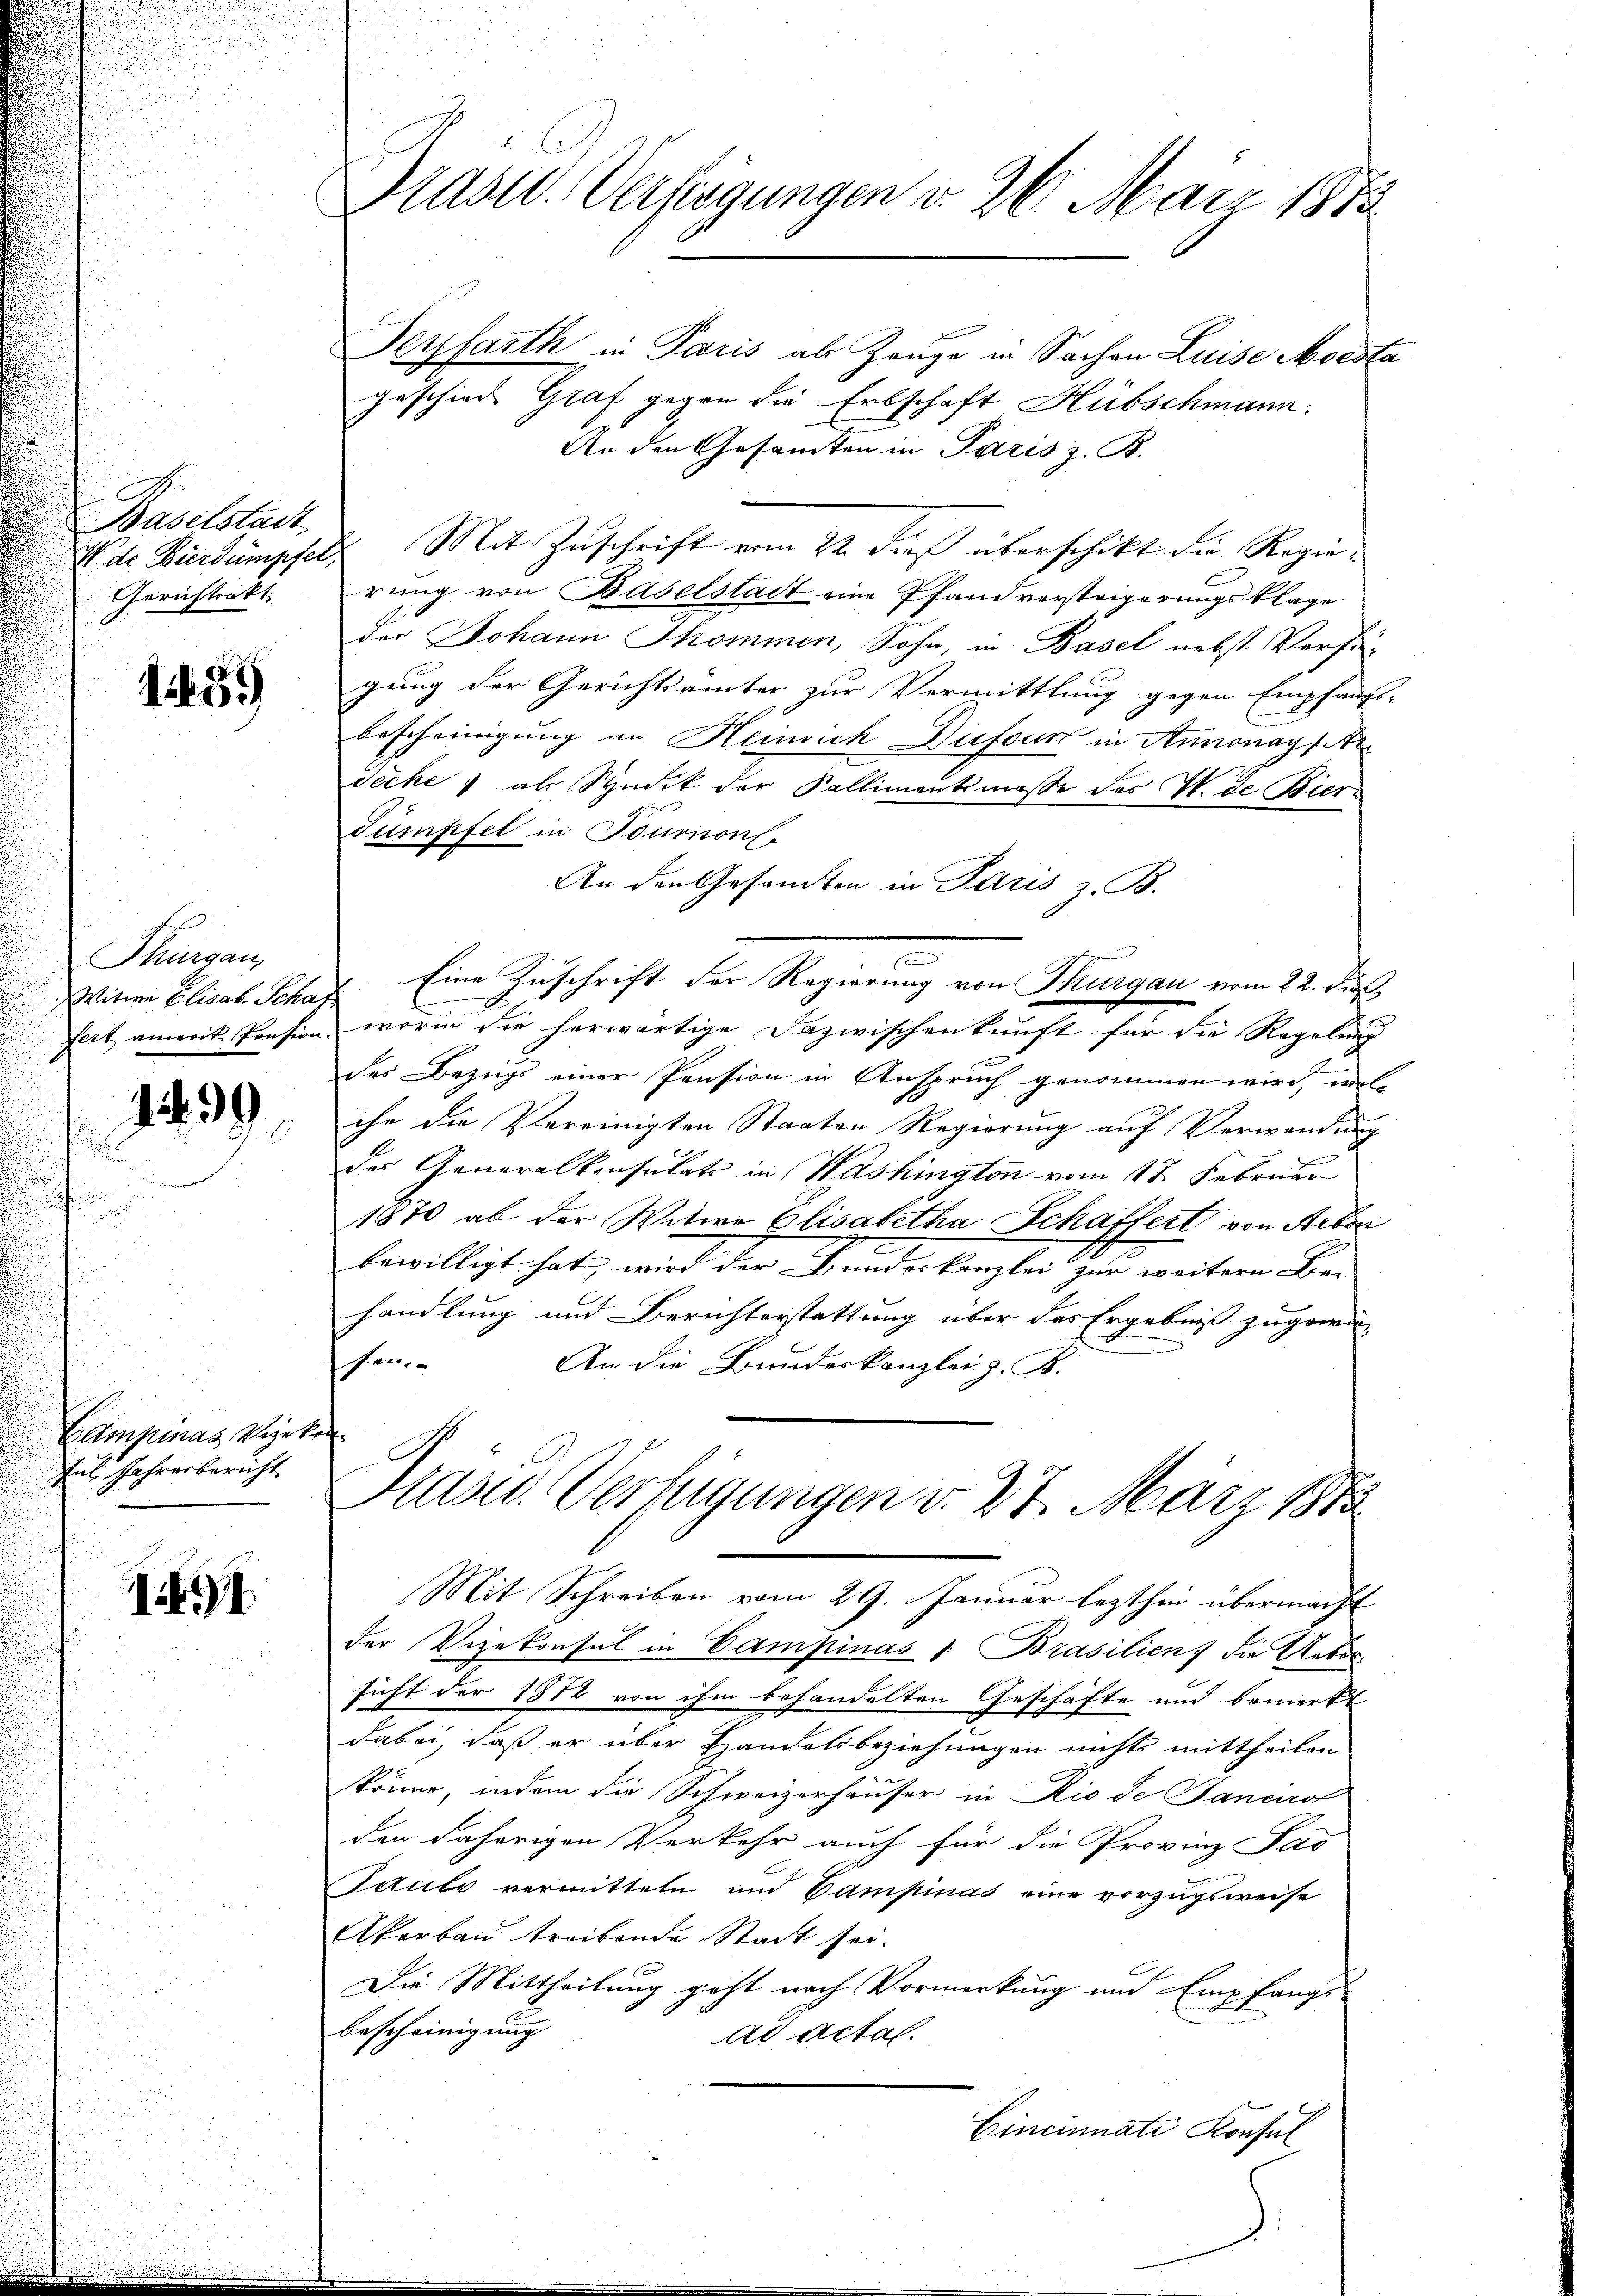
Baselstadt
Gerichtrakt

1439

Thurgau
Witwe Elisab. Schaf
fert amerik. Pension.

129

Campinas Vizet
Jus Jahresbericht.

11

Präsid. Verfügungen d. 26. März 1873

Seyfarth in Paris als Zeuge in Sachen Luise Moesta
geschiede Graf gegen die Erbschaft Hübschmann.
An den Gesamten in Paris z. B.
War Bürdumpfel Mit Zuschrift vom 22. dieß überschikt die Regierung von Baselstadt eine Pfandversteigerungsklage
der Johann Sommen, Sohn, in Basel nebst Verfü-
gung der Gerichtsämter zur Vermittlung gegen Empfangs-
bescheinigung an Heinrich Dufour in Annonayser
vecke & als Syndik der Kallimentsmasse des W. de Bier¬
Sumpfel in Tourion.
An den Gesandten in Paris z. B.
Eine Zuschrift der Regierung von Thurgau vom 22. ds.
l
worin die herwärtige Dazwischenkunft für die Regelung
des Bezugs einer Pension in Anspruch genommen wird, welihr die Vereinigten Staaten Regierung auf Verwendung
des Generalkonsulats in Washington vom 17. Februar
1870 ab der Witwe Elisabetha Schaffert von Arbon
bewilligt hat, wird der Bundeskanzlei zur weitere Be-
2
handlung und Berichterstattung über das Ergebniß zugewin
hei
An die Bundeskanzlei z. B.
af

Präsid.. Verfügungen d. 27. März 1885

Mit Schreiben vom 29. Januar lezthin übermacht
der Vizekonsul in Campinas . Brasilien) die Uebersicht der 1872 von ihm behandelten Geschäfte und bemerkt
dabei, daß er über Handelsbeziehungen nichts mittheilen
könne, indem die Schweizerhäuser in Rio de Fancirol
den daherigen Verkehr auch für die Provinz Pas
Faulo vermittete und Campinas eine vorzugsweise
Akerbau treibende Stadt sei.
Die Mittheilung geht nach Vormerkung und Empfangs-
Bescheinigung
ad Actal.
Cincinnati Konsul